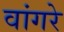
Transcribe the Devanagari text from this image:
वांगरे